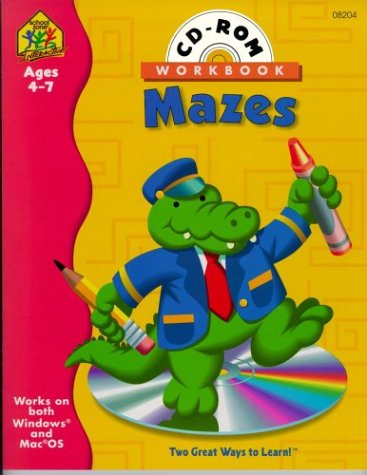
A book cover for Preschool Mazes (Preschool Mazes Interactive Workbook with CD-ROM); School Zone Publishing Company Staff; Children's Books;